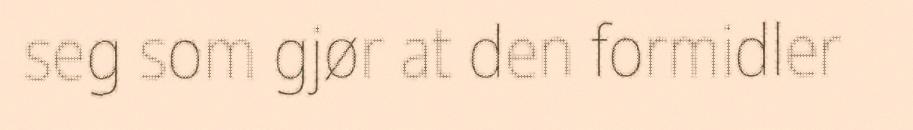
seg som gjør at den formidler